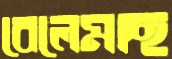
বেলেমাছ